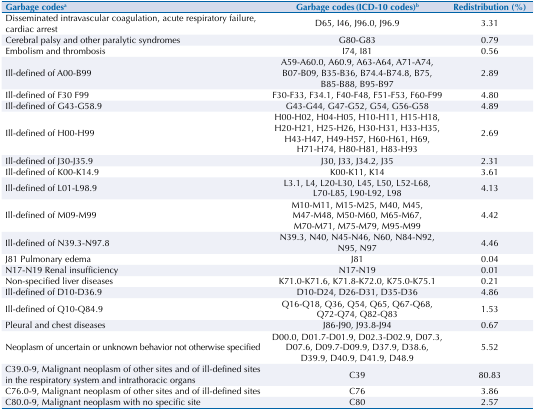
<table><thead><tr><td><b>Garbage codes<sup>a</sup></b></td><td><b>Garbage codes (ICD-10 codes)<sup>b</sup></b></td><td><b>Redistribution (%)</b></td></tr></thead><tbody><tr><td>Disseminated intravascular coagulation, acute respiratory failure, cardiac arrest</td><td>D65, I46, J96.0, J96.9</td><td>3.31</td></tr><tr><td>Cerebral palsy and other paralytic syndromes</td><td>G80-G83</td><td>0.79</td></tr><tr><td>Embolism and thrombosis</td><td>I74, I81</td><td>0.56</td></tr><tr><td>Ill-defined of A00-B99</td><td>A59-A60.0, A60.9, A63-A64, A71-A74, B07-B09, B35-B36, B74.4-B74.8, B75, B85-B88, B95-B97</td><td>2.89</td></tr><tr><td>Ill-defined of F30 F99</td><td>F30-F33, F34.1, F40-F48, F51-F53, F60-F99</td><td>4.80</td></tr><tr><td>Ill-defined of G43-G58.9</td><td>G43-G44, G47-G52, G54, G56-G58</td><td>4.89</td></tr><tr><td>Ill-defined of H00-H99</td><td>H00-H02, H04-H05, H10-H11, H15-H18, H20-H21, H25-H26, H30-H31, H33-H35, H43-H47, H49-H57, H60-H61, H69, H71-H74, H80-H81, H83-H93</td><td>2.69</td></tr><tr><td>Ill-defined of J30-J35.9</td><td>J30, J33, J34.2, J35</td><td>2.31</td></tr><tr><td>Ill-defined of K00-K14.9</td><td>K00-K11, K14</td><td>3.61</td></tr><tr><td>Ill-defined of L01-L98.9</td><td>L3.1, L4, L20-L30, L45, L50, L52-L68, L70-L85, L90-L92, L98</td><td>4.13</td></tr><tr><td>Ill-defined of M09-M99</td><td>M10-M11, M15-M25, M40, M45, M47-M48, M50-M60, M65-M67, M70-M71, M75-M79, M95-M99</td><td>4.42</td></tr><tr><td>Ill-defined of N39.3-N97.8</td><td>N39.3, N40, N45-N46, N60, N84-N92, N95, N97</td><td>4.46</td></tr><tr><td>J81 Pulmonary edema</td><td>J81</td><td>0.04</td></tr><tr><td>N17-N19 Renal insufficiency</td><td>N17-N19</td><td>0.01</td></tr><tr><td>Non-specified liver diseases</td><td>K71.0-K71.6, K71.8-K72.0, K75.0-K75.1</td><td>0.21</td></tr><tr><td>Ill-defined of D10-D36.9</td><td>D10-D24, D26-D31, D35-D36</td><td>4.86</td></tr><tr><td>Ill-defined of Q10-Q84.9</td><td>Q16-Q18, Q36, Q54, Q65, Q67-Q68, Q72-Q74, Q82-Q83</td><td>1.53</td></tr><tr><td>Pleural and chest diseases</td><td>J86-J90, J93.8-J94</td><td>0.67</td></tr><tr><td>Neoplasm of uncertain or unknown behavior not otherwise specified</td><td>D00.0, D01.7-D01.9, D02.3-D02.9, D07.3, D07.6, D09.7-D09.9, D37.9, D38.6, D39.9, D40.9, D41.9, D48.9</td><td>5.52</td></tr><tr><td>C39.0-9, Malignant neoplasm of other sites and of ill-defined sites in the respiratory system and intrathoracic organs</td><td>C39</td><td>80.83</td></tr><tr><td>C76.0-9, Malignant neoplasm of other sites and of ill-defined sites</td><td>C76</td><td>3.86</td></tr><tr><td>C80.0-9, Malignant neoplasm with no specific site</td><td>C80</td><td>2.57</td></tr></tbody></table>